Annual administration report of the Civil Veterinary Department of India - 1894-1895
Year: 1894
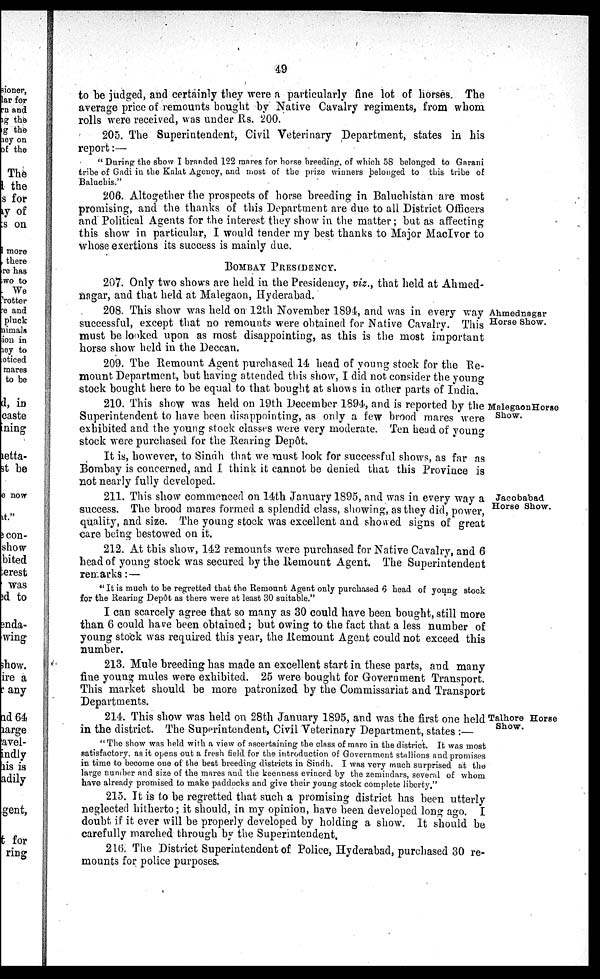
49
to be judged, and certainly they were a particularly fine lot of horses. The
average price of remounts bought by Native Cavalry regiments, from whom
rolls were received, was under Rs. 200.
205. The Superintendent, Civil Veterinary Department, states in his
report:—
" During the show I branded 122 mares for horse breeding, of which 58 belonged to Garani
tribe of Gadi in the Kalat Agency, and most of the prize winners belonged to this tribe of
Baluchis."
206. Altogether the prospects of horse breeding in Baluchistan are most
promising, and the thanks of this Department are due to all District Officers
and Political Agents for the interest they show in the matter ; but as affecting
this show in particular, I would tender my best thanks to Major MacIvor to
whose exertions its success is mainly due.
BOMBAY PRESIDENCY.
Ahmednagar
Horse Show.
207. Only two shows are held in the Presidency, viz., that held at Ahmed-
nagar, and that held at Malegaon, Hyderabad.
208. This show was held on 12th November 1894, and was in every way
successful, except that no remounts were obtained for Native Cavalry. This
must be looked upon as most disappointing, as this is the most important
horse show held in the Deccan.
209. The Remount Agent purchased 14 head of young stock for the Re-
mount Department, but having attended this show, I did not consider the young
stock bought here to be equal to that bought at shows in other parts of India.
MalegaonHorse
Show.
210. This show was held on 19th December 1894, and is reported by the
Superintendent to have been disappointing, as only a few brood mares were
exhibited and the young stock classes were very moderate. Ten head of young
stock were purchased for the Rearing Depôt.
It is, however, to Sindh that we must look for successful shows, as far as
Bombay is concerned, and I think it cannot be denied that this Province is
not nearly fully developed.
Jacobabad
Horse Show.
211. This show commenced on 14th January 1895, and was in every way a
success. The brood mares formed a splendid class, showing, as they did, power,
quality, and size. The young stock was excellent and showed signs of great
care being bestowed on it.
212. At this show, 142 remounts were purchased for Native Cavalry, and 6
head of young stock was secured by the Remount Agent. The Superintendent
remarks: —
"It is much to be regretted that the Remount Agent only purchased 6 head of young stock
for the Rearing Depôt as there were at least 30 suitable."
I can scarcely agree that so many as 30 could have been bought, still more
than 6 could have been obtained; but owing to the fact that a less number of
young stock was required this year, the Remount Agent could not exceed this
number.
213. Mule breeding has made an excellent start in these parts, and many
fine young mules were exhibited. 25 were bought for Government Transport.
This market should be more patronized by the Commissariat and Transport
Departments.
Talhore Horse
Show.
214. This show was held on 28th January 1895, and was the first one held
in the district. The Superintendent, Civil Veterinary Department, states :—
" The show was held with a view of ascertaining the class of mare in the district. It was most
satisfactory, as it opens out a fresh field for the introduction of Government stallions and promises
in time to become one of the best breeding districts in Sindh. I was very much surprised at the
large number and size of the mares and the keenness evinced by the zemindars, several of whom
have already promised to make paddocks and give their young stock complete liberty,"
215. It is to be regretted that such a promising district has been utterly
neglected hitherto; it should, in my opinion, have been developed long ago. I
doubt if it ever will be properly developed by holding a show. It should be
carefully marched through by the Superintendent,
216. The District Superintendent of Police, Hyderabad, purchased 30 re-
mounts for police purposes.